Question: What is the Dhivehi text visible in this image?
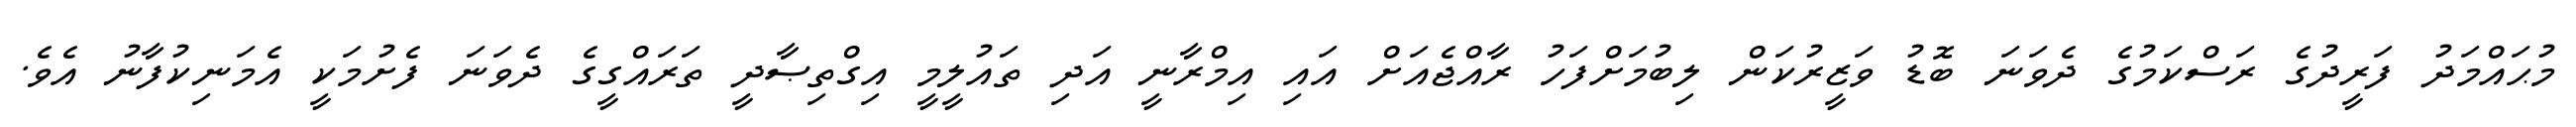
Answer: މުޙައްމަދު ފަރީދުގެ ރަސްކަމުގެ ދެވަނަ ބޮޑު ވަޒީރުކަން ލިބުމަށްފަހު ރާއްޖެއަށް އައި އިމްރާނީ އަދި ތައުލީމީ އިގްތިޞާދީ ތަރައްގީގެ ދެވަނަ ފެށުމަކީ އެމަނިކުފާނު އެވެ.